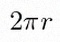
2\pi r